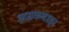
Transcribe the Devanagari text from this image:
असकवाइर